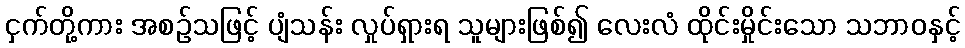
ငှက်တို့ကား အစဉ်သဖြင့် ပျံသန်း လှုပ်ရှားရ သူများဖြစ်၍ လေးလံ ထိုင်းမှိုင်းသော သဘာဝနှင့်